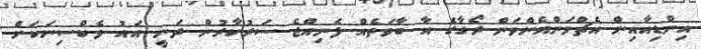
އިންޑިއާއިން އެޗްވަންއެންވަން ރޯގާގެ އާ ބާވަތެއް ފެނިއްޖެ ސަރުކާރުން ދަނީ އައު ވެކްސިނަކަށް